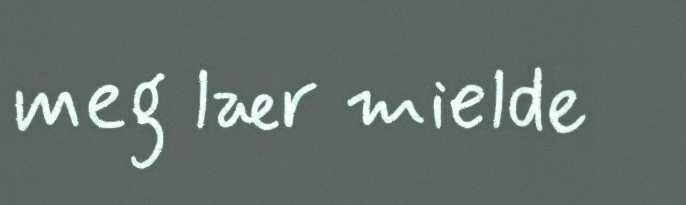
meg lær mielde